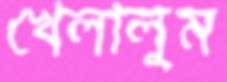
খেলালুম